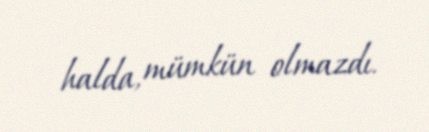
halda, mümkün olmazdı.